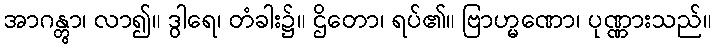
အာဂန္တွာ၊ လာ၍။ ဒွါရေ၊ တံခါး၌။ ဌိတော၊ ရပ်၏။ ဗြာဟ္မဏော၊ ပုဏ္ဏားသည်။